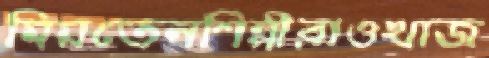
মিয়তেনশিল্পীরাওখাজ